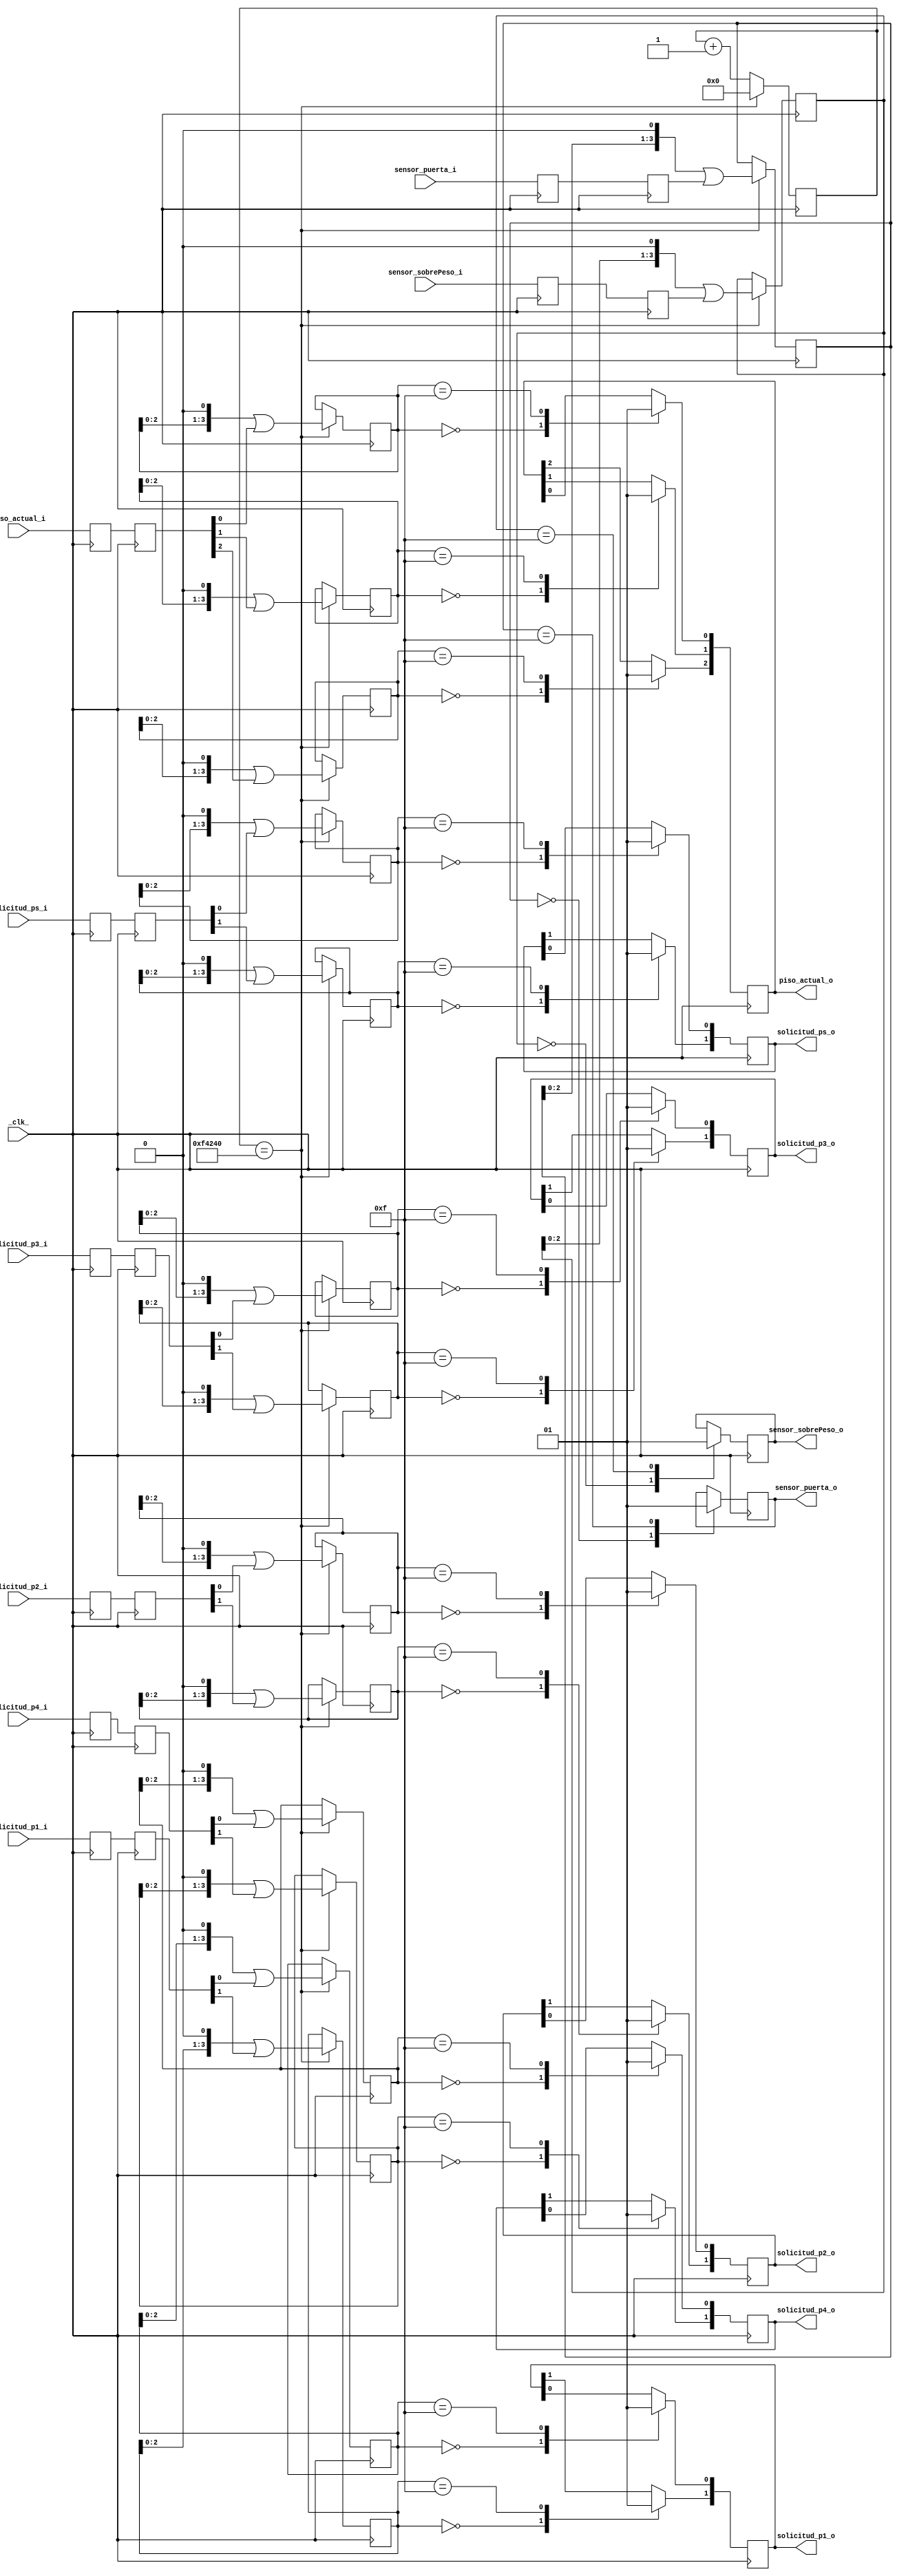
module Sincronizador( _clk_, piso_actual_i, sensor_sobrePeso_i, sensor_puerta_i, solicitud_ps_i, solicitud_p1_i,
					 solicitud_p2_i, solicitud_p3_i, solicitud_p4_i, piso_actual_o, sensor_sobrePeso_o,
					 sensor_puerta_o, solicitud_ps_o, solicitud_p1_o, solicitud_p2_o, solicitud_p3_o,
					 solicitud_p4_o);
 //Se definen las entradas y salidas del mdulo
 input sensor_sobrePeso_i, sensor_puerta_i, _clk_;
 input [2:0] piso_actual_i;
 input [1:0] solicitud_ps_i, solicitud_p1_i, solicitud_p2_i, solicitud_p3_i, solicitud_p4_i;
 output reg sensor_sobrePeso_o, sensor_puerta_o;
 output reg [2:0] piso_actual_o;
 output reg [1:0] solicitud_ps_o, solicitud_p1_o, solicitud_p2_o, solicitud_p3_o, solicitud_p4_o;
 //El contador cuenta hasta 10ms, por lo que se almacena 1000000.
 localparam contador_max= 20'd1000000;
 //Se crea el primer registro (flip-flop) por cada entrada para sincronizarlos con el clk
 reg sensor_sobrePeso_sync_0;
 reg sensor_puerta_sync_0;
 reg [2:0] piso_actual_sync_0;
 reg [1:0] solicitud_ps_sync_0;
 reg [1:0] solicitud_p1_sync_0;
 reg [1:0] solicitud_p2_sync_0;
 reg [1:0] solicitud_p3_sync_0;
 reg [1:0] solicitud_p4_sync_0;
 //En cada estado positivo del clk, los registros guardan los valores de los botones/switches
 always @(posedge _clk_)
	begin
		sensor_sobrePeso_sync_0 <= sensor_sobrePeso_i;
		sensor_puerta_sync_0    <= sensor_puerta_i;
		piso_actual_sync_0      <= piso_actual_i;
		solicitud_ps_sync_0     <= solicitud_ps_i;
		solicitud_p1_sync_0     <= solicitud_p1_i;
		solicitud_p2_sync_0     <= solicitud_p2_i;
		solicitud_p3_sync_0     <= solicitud_p3_i;
		solicitud_p4_sync_0     <= solicitud_p4_i;
	end
 //Se crea el segundo registro (flip-flop) por cada salida de los registros anteriores para sincronizarlos con el clk
 reg sensor_sobrePeso_sync_1;
 reg sensor_puerta_sync_1;
 reg [2:0] piso_actual_sync_1;
 reg [1:0] solicitud_ps_sync_1;
 reg [1:0] solicitud_p1_sync_1;
 reg [1:0] solicitud_p2_sync_1;
 reg [1:0] solicitud_p3_sync_1;
 reg [1:0] solicitud_p4_sync_1;
 //En cada estado positivo del clk, los registros guardan los valores el registro anterior para sincronizar con el clk
 always @(posedge _clk_)
	begin
		sensor_sobrePeso_sync_1 <= sensor_sobrePeso_sync_0;
		sensor_puerta_sync_1    <= sensor_puerta_sync_0;
		piso_actual_sync_1      <= piso_actual_sync_0;
		solicitud_ps_sync_1     <= solicitud_ps_sync_0;
		solicitud_p1_sync_1     <= solicitud_p1_sync_0;
		solicitud_p2_sync_1     <= solicitud_p2_sync_0;
		solicitud_p3_sync_1     <= solicitud_p3_sync_0;
		solicitud_p4_sync_1     <= solicitud_p4_sync_0;
	end
 //Se crea el registro que almacena el contador
 reg [19:0] contador=0;
 //Se crean los shift registers que almacenan las 4 muestras de los estados de los botones y switches correspondientes
 reg [3:0] sr_sobrePeso= 4'b0, sr_puerta= 4'b0, sr_piso_actual_0= 4'b0, sr_piso_actual_1= 4'b0, sr_piso_actual_2= 4'b0;
 reg [3:0] sr_solicitud_ps_0=4'b0, sr_solicitud_ps_1=4'b0, sr_solicitud_p1_0= 4'b0, sr_solicitud_p1_1=4'b0, sr_solicitud_p2_0=4'b0;
 reg [3:0] sr_solicitud_p2_1=4'b0, sr_solicitud_p3_0=4'b0, sr_solicitud_p3_1=4'b0, sr_solicitud_p4_0= 4'b0, sr_solicitud_p4_1=4'b0;
 //Contador
 	always @(posedge _clk_)
	begin
		if (contador == contador_max)
			contador <= 1'b0;
		else
			contador <= contador + 1'b1;
	end
 always @(posedge _clk_)
	begin
		if (contador==contador_max) begin
			//Se hace un corrimiento a la izquierda y se almacena el estado de la entrada segun muestreo cada 10ms.
			sr_sobrePeso         <= (sr_sobrePeso      << 1)  | sensor_sobrePeso_sync_1;
			sr_puerta            <= (sr_puerta         << 1)  | sensor_puerta_sync_1;
			sr_piso_actual_0     <= (sr_piso_actual_0  << 1)  | piso_actual_sync_1[0];
			sr_piso_actual_1     <= (sr_piso_actual_1  << 1)  | piso_actual_sync_1[1];
			sr_piso_actual_2     <= (sr_piso_actual_2  << 1)  | piso_actual_sync_1[2];
			sr_solicitud_ps_0    <= (sr_solicitud_ps_0 << 1)  | solicitud_ps_sync_1[0];
			sr_solicitud_ps_1    <= (sr_solicitud_ps_1 << 1)  | solicitud_ps_sync_1[1];
			sr_solicitud_p1_0    <= (sr_solicitud_p1_0 << 1)  | solicitud_p1_sync_1[0];
			sr_solicitud_p1_1    <= (sr_solicitud_p1_1 << 1)  | solicitud_p1_sync_1[1];
			sr_solicitud_p2_0    <= (sr_solicitud_p2_0 << 1)  | solicitud_p2_sync_1[0];
			sr_solicitud_p2_1    <= (sr_solicitud_p2_1 << 1)  | solicitud_p2_sync_1[1];
			sr_solicitud_p3_0    <= (sr_solicitud_p3_0 << 1)  | solicitud_p3_sync_1[0];
			sr_solicitud_p3_1    <= (sr_solicitud_p3_1 << 1)  | solicitud_p3_sync_1[1];
			sr_solicitud_p4_0    <= (sr_solicitud_p4_0 << 1)  | solicitud_p4_sync_1[0];
			sr_solicitud_p4_1    <= (sr_solicitud_p4_1 << 1)  | solicitud_p4_sync_1[1];
		end
		//Se escribe en cada salida correspondiente un 1 si los 4 bits muestreados cada 10ns son 1111 y 0 si los 4 bits muestreados fueron 0000
		case (sr_sobrePeso)
					4'b0000: sensor_sobrePeso_o <= 0;
					4'b1111: sensor_sobrePeso_o <= 1;
		endcase
		case (sr_puerta)
					4'b0000: sensor_puerta_o <= 0;
					4'b1111: sensor_puerta_o <= 1;
		endcase
		case (sr_piso_actual_0)
					4'b0000: piso_actual_o[0] <= 0;
					4'b1111: piso_actual_o[0] <= 1;
		endcase
		case (sr_piso_actual_1)
					4'b0000: piso_actual_o[1] <= 0;
					4'b1111: piso_actual_o[1] <= 1;
		endcase
		case (sr_piso_actual_2)
					4'b0000: piso_actual_o[2] <= 0;
					4'b1111: piso_actual_o[2] <= 1;
		endcase
		case (sr_solicitud_ps_0)
					4'b0000: solicitud_ps_o[0] <= 0;
					4'b1111: solicitud_ps_o[0] <= 1;
		endcase
		case (sr_solicitud_ps_1)
					4'b0000: solicitud_ps_o[1] <= 0;
					4'b1111: solicitud_ps_o[1] <= 1;
		endcase
		case (sr_solicitud_p1_0)
					4'b0000: solicitud_p1_o[0] <= 0;
					4'b1111: solicitud_p1_o[0] <= 1;
		endcase
		case (sr_solicitud_p1_1)
					4'b0000: solicitud_p1_o[1] <= 0;
					4'b1111: solicitud_p1_o[1] <= 1;
		endcase
		case (sr_solicitud_p2_0)
					4'b0000: solicitud_p2_o[0] <= 0;
					4'b1111: solicitud_p2_o[0] <= 1;
		endcase
		case (sr_solicitud_p2_1)
					4'b0000: solicitud_p2_o[1] <= 0;
					4'b1111: solicitud_p2_o[1] <= 1;
		endcase
		case (sr_solicitud_p3_0)
					4'b0000: solicitud_p3_o[0] <= 0;
					4'b1111: solicitud_p3_o[0] <= 1;
		endcase
		case (sr_solicitud_p3_1)
					4'b0000: solicitud_p3_o[1] <= 0;
					4'b1111: solicitud_p3_o[1] <= 1;
		endcase
		case (sr_solicitud_p4_0)
					4'b0000: solicitud_p4_o[0] <= 0;
					4'b1111: solicitud_p4_o[0] <= 1;
		endcase
		case (sr_solicitud_p4_1)
					4'b0000: solicitud_p4_o[1] <= 0;
					4'b1111: solicitud_p4_o[1] <= 1;
		endcase
	end
endmodule